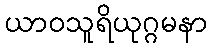
ယာဝသူရိယုဂ္ဂမနာ